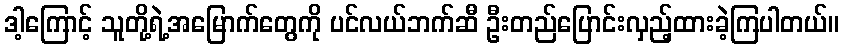
ဒါ့ကြောင့် သူတို့ရဲ့အမြောက်တွေကို ပင်လယ်ဘက်ဆီ ဦးတည်ပြောင်းလှည့်ထားခဲ့ကြပါတယ်။